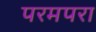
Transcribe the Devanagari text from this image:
परमपरा